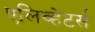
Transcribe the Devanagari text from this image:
एलिव्हेटर्स